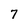
Character: 7